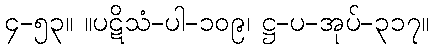
၄-၅၃။ ။ပဋိသံ-ပါ-၁၀၉၊ ဋ္ဌ-ပ-အုပ်-၃၁၇။